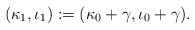
\begin{align*}(\kappa_{ 1}, \iota_{ 1}):= (\kappa_{ 0}+ \gamma, \iota_{ 0} + \gamma).\end{align*}